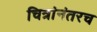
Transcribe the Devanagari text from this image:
चित्रांनंतरच